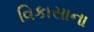
વિકાસાના